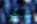
شكرا